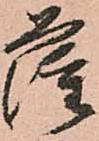
薩